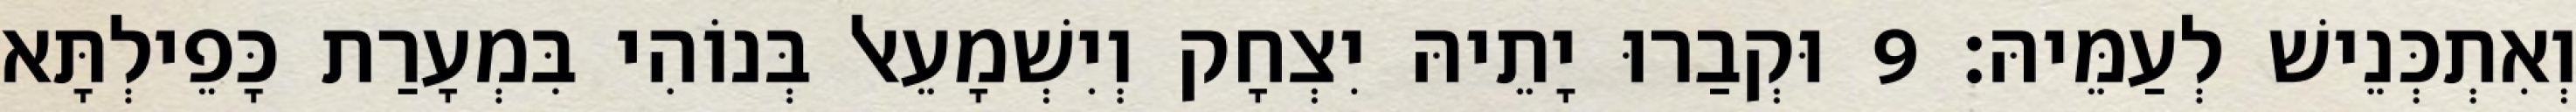
וְאִתְכְּנֵישׁ לְעַמֵּיהּ׃ 9 וּקְבַרוּ יָתֵיהּ יִצְחָק וְיִשְׁמָעֵאל בְּנוֹהִי בִּמְעָרַת כָּפֵילְתָּא